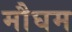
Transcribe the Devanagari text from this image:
मौघम